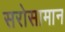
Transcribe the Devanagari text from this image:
सरोसामान